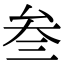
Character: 叁